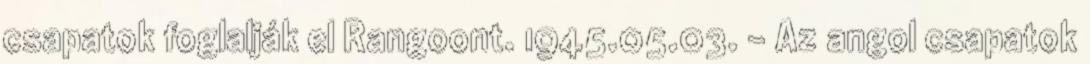
csapatok foglalják el Rangoont. 1945.05.03. - Az angol csapatok